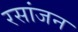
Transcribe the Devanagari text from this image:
रसांजन